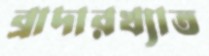
ব্রাদারখ্যাত